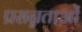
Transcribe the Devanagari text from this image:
प्रसन्नताओं